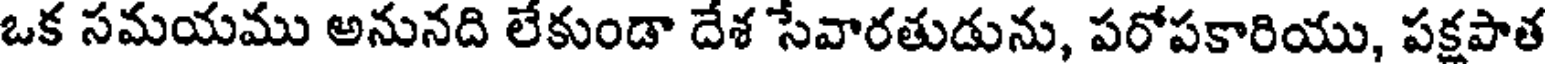
ఒక సమయము అనునది లేకుండా దేశ సేవారతుడును, పరోపకారియు, పక్షపాత